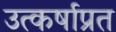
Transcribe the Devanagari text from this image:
उत्कर्षाप्रत